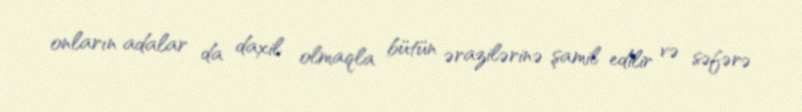
onların adalar da daxil olmaqla bütün ərazilərinə şamil edilir və səfərə